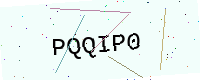
Text: PQQIP0